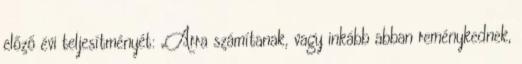
előző évi teljesítményét: „Arra számítanak, vagy inkább abban reménykednek,